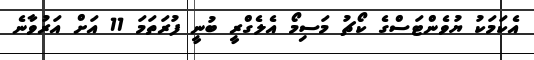
އެކަމަކު ޔުވެންޓަސްގެ ކޯޗު މަސިމޯ އެލެގްރީ ބުނީ ފުރަތަމަ 11 އަށް އަރުވާނެ